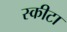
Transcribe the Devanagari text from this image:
स्कीटा